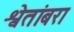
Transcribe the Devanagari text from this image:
श्वेतांबरा